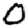
Digit: 0